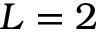
L = 2